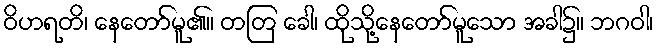
ဝိဟရတိ၊ နေတော်မူ၏။ တတြ ခေါ၊ ထိုသို့နေတော်မူသော အခါ၌။ ဘဂဝါ၊